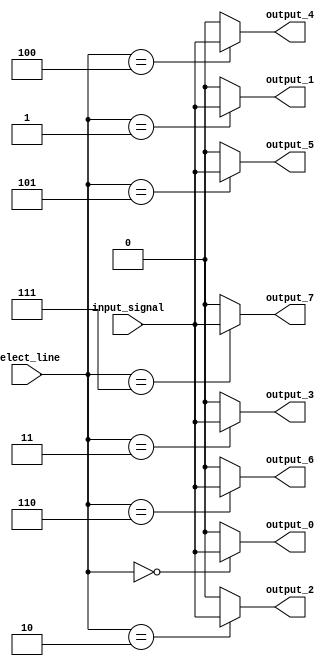
module demux_1to8 (
  input wire input_signal,
  input wire [2:0] select_line,
  output wire output_0,
  output wire output_1,
  output wire output_2,
  output wire output_3,
  output wire output_4,
  output wire output_5,
  output wire output_6,
  output wire output_7
);

assign output_0 = (select_line == 3'b000) ? input_signal : 1'b0;
assign output_1 = (select_line == 3'b001) ? input_signal : 1'b0;
assign output_2 = (select_line == 3'b010) ? input_signal : 1'b0;
assign output_3 = (select_line == 3'b011) ? input_signal : 1'b0;
assign output_4 = (select_line == 3'b100) ? input_signal : 1'b0;
assign output_5 = (select_line == 3'b101) ? input_signal : 1'b0;
assign output_6 = (select_line == 3'b110) ? input_signal : 1'b0;
assign output_7 = (select_line == 3'b111) ? input_signal : 1'b0;

endmodule